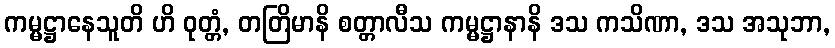
ကမ္မဋ္ဌာနေသူတိ ဟိ ဝုတ္တံ, တတြိမာနိ စတ္တာလီသ ကမ္မဋ္ဌာနာနိ ဒသ ကသိဏာ, ဒသ အသုဘာ,